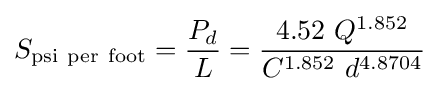
S_{\mathrm {psi\ per\ foot} }={\frac {P_{d}}{L}}={\frac {4.52\ Q^{1.852}}{C^{1.852}\ d^{4.8704}}}